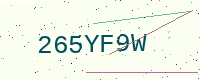
Text: 265YF9W